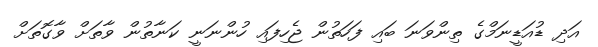
އަދި ޑުއަޑީނަމްގެ ތިންވަނަ ބައި ފަހަތުން ޖެހިފައި ހުންނަނީ ކަނާތުން ވާތަށް ވާގޮތަށް